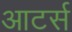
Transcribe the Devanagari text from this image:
आटर्स